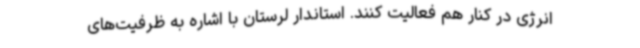
انرژی در کنار هم فعالیت کنند. استاندار لرستان با اشاره به ظرفیت‌های